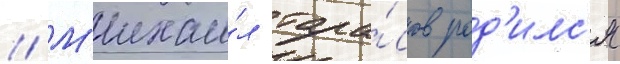
// М'ихаи́л тара́сов род'илс'я